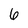
Character: 6